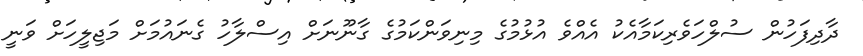
ދާދިފަހުން ސުލްހަވެރިކަމާއެކު އެއްވެ އުޅުމުގެ މިނިވަންކަމުގެ ގާނޫނަށް އިސްލާހު ގެނައުމަށް މަޖިލީހަށް ވަނީ